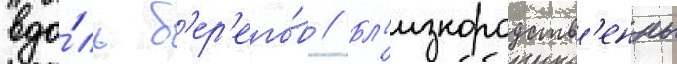
вдо́ль б'ер'его́в // Бл'изкородств'енны